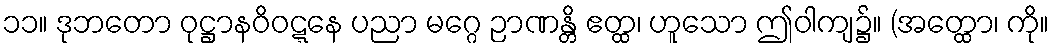
၁၁။ ဒုဘတော ဝုဋ္ဌာနဝိဝဋ္ဋနေ ပညာ မဂ္ဂေ ဉာဏန္တိ ဧတ္ထ၊ ဟူသော ဤဝါကျ၌။ (အတ္ထော၊ ကို။